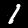
Label: 1